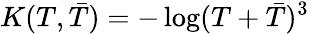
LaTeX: K(T,{\bar{T}})=-\log(T+{\bar{T}})^{3}